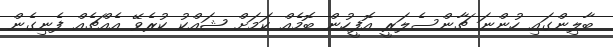
ބާލިންގައި ހުންނަ ޗާންސެލަރީ އޮފީހުން ބޮމެއް ކަމަށް ޝައްކު ކުރެވޭ އެއްޗެއް ފެނިގެން